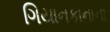
ગિયાનકાનાના